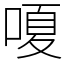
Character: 嗄